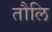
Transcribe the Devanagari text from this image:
तौलि